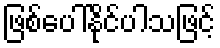
ဖြစ်ပေါ်နိုင်ပါသဖြင့်